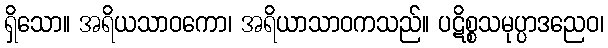
ရှိသော။ အရိယသာဝကော၊ အရိယာသာဝကသည်။ ပဋိစ္စသမုပ္ပာဒညေဝ၊